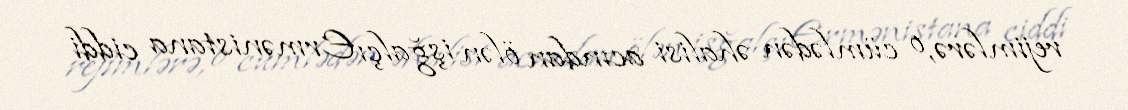
rejimlərə, o cümlədən əhalisi acından ölən işğalçı Ermənistana ciddi